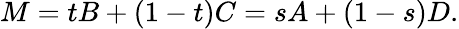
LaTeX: M=tB+(1-t)C=sA+(1-s)D.